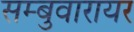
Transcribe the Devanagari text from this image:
सम्बुवारायर